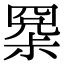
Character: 𡮧